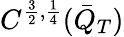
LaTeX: C^{\frac{3}{2},\frac{1}{4}}(\bar{Q}_{T})